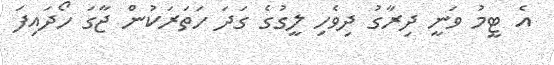
އެ ޓީމު ވަނީ ދިރާގު ދިވެހި ލީގުގެ ގަދަ ހަތަރަކުން ޖާގަ ހޯދައިފަ